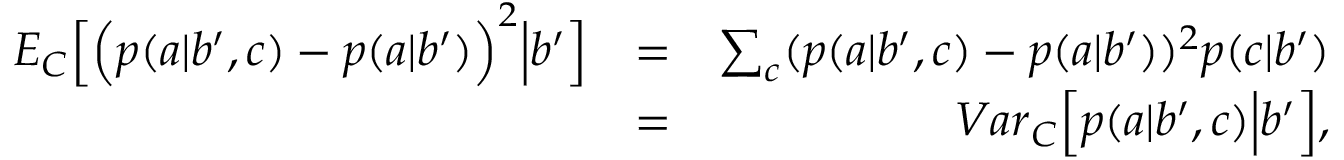
\begin{array} { r l r } { { E } _ { C } \Big [ \Big ( p ( a | b ^ { \prime } , c ) - p ( a | b ^ { \prime } ) \Big ) ^ { 2 } \Big | b ^ { \prime } \Big ] } & { = } & { \sum _ { c } ( p ( a | b ^ { \prime } , c ) - p ( a | b ^ { \prime } ) ) ^ { 2 } p ( c | b ^ { \prime } ) } \\ & { = } & { { V a r } _ { C } \Big [ p ( a | b ^ { \prime } , c ) \Big | b ^ { \prime } \Big ] , } \end{array}